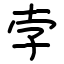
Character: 孛